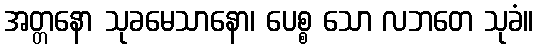
အတ္တနော သုခမေသာနော၊ ပေစ္စ သော လဘတေ သုခံ။